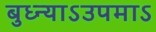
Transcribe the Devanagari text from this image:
बुध्न्याऽउपमाऽ